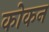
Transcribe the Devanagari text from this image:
कोकन